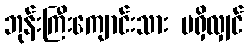
ဘုန်းကြီးကျောင်းသား မရှိလျှင်